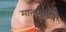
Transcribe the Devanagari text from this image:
मालगाडीत